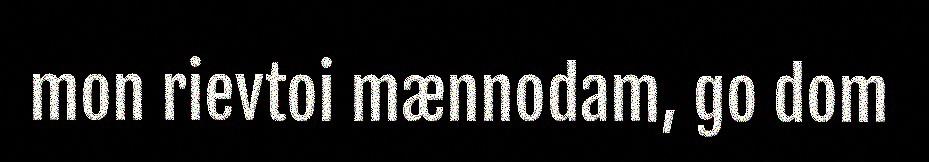
mon rievtoi mænnodam, go dom